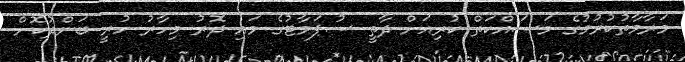
މަރާމާތުކުރުމުގެ މަސައްކަތް ކުރިއަށް ދާތީ ސުޕަމާޓުގެ މައި ދޮރު މިހާރު ހުރީ ބަންދުކޮށް